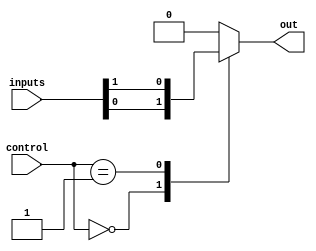
module mux_1024to1 (
    input wire [1023:0] inputs,
    input wire [9:0] control,
    output reg out
);

always @* begin
    case(control)
        10'd0: out = inputs[0];
        10'd1: out = inputs[1];
        // Add remaining cases for inputs 2 to 1023
        // out = inputs[N] where N is the selected input based on control signal
        default: out = 1'b0; // default output value when control signal is invalid
    endcase
end

endmodule